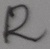
Text: R